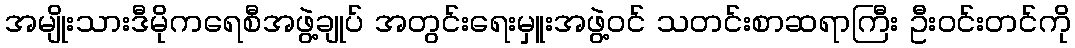
အမျိုးသားဒီမိုကရေစီအဖွဲ့ချုပ် အတွင်းရေးမှူးအဖွဲ့ဝင် သတင်းစာဆရာကြီး ဦးဝင်းတင်ကို